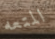
المتعه